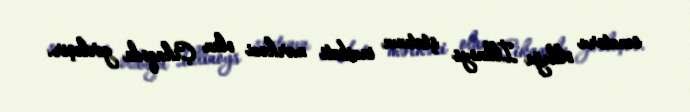
senatoru olduğu İllinoys ştatının inzibati mərkəzi olan Çikaqoda yerləşir.